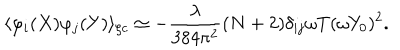
LaTeX: \langle \varphi _ { i } ( X ) \varphi _ { j } ( Y ) \rangle _ { \zeta c } \simeq - \frac { \lambda } { 3 8 4 \pi ^ { 2 } } ( N + 2 ) \delta _ { i j } \omega T ( \omega Y _ { 0 } ) ^ { 2 } .